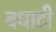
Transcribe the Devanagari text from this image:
बधाटी